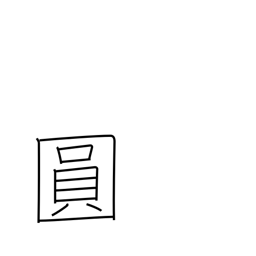
Meaning: yen